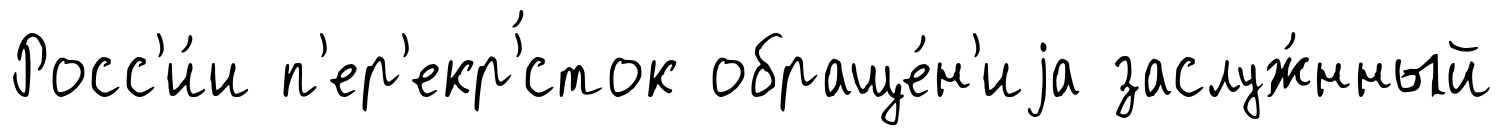
Росс'и́и п'ер'екр'́сток обраще́н'иjа заслуж́нный